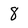
Character: 8